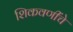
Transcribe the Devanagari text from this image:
शिकवणींचे